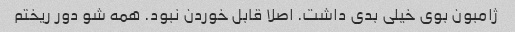
ژامبون بوی خیلی بدی داشت. اصلا قابل خوردن نبود. همه شو دور ریختم